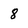
Character: 8